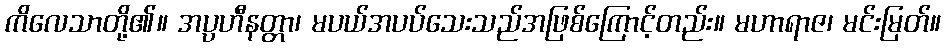
ကိလေသာတို့၏။ အပ္ပဟီနတ္တာ၊ မပယ်အပပ်သေးသည်အဖြစ်ကြောင့်တည်း။ မဟာရာဇ၊ မင်းမြတ်။